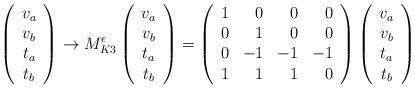
LaTeX: \begin{align*}\left(\begin{array}{c}v_a \\v_b \\t_a \\t_b\end{array}\right)\to M^\epsilon_{K3}\left(\begin{array}{c}v_a \\v_b \\t_a \\t_b\end{array}\right) =\left(\begin{array}{rrrr}1 & 0 & 0 & 0 \\0 & 1 & 0 & 0 \\0 &-1 & -1 & -1 \\1 & 1 & 1 & 0\end{array}\right)\left(\begin{array}{c}v_a \\v_b \\t_a \\t_b\end{array}\right)\end{align*}